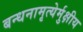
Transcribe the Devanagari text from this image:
बन्धनामृत्येर्मुक्षीय